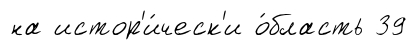
на истор'и́ческ'и о́бласть 39